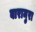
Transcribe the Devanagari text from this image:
बारामुरा